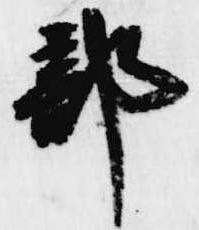
部